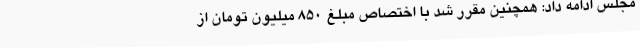
مجلس ادامه داد: همچنین مقرر شد با اختصاص مبلغ 850 میلیون تومان از